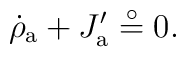
\dot \rho _{{\rm a}}+J_{{\rm a}}^{\prime }\stackrel{\circ }{=}0.